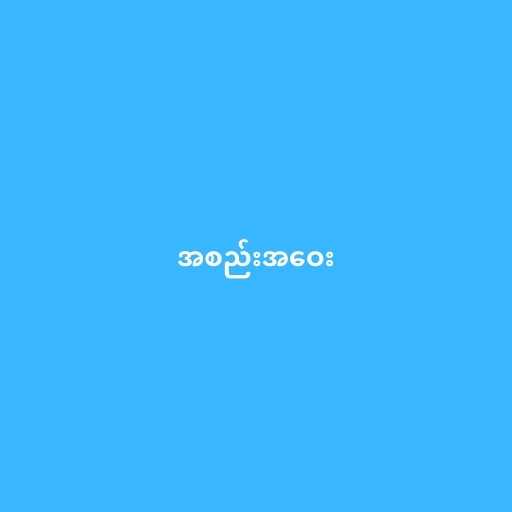
အစည်းအဝေး